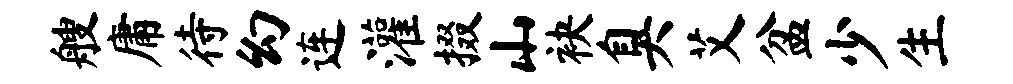
艘庸待幻连灌掇山袂臭艾盆少生